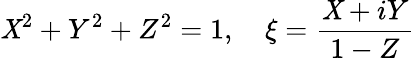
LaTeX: \mathit{X}^{2}+Y^{2}+Z^{2}=1,\quad\xi={\frac{{\mathit{X}+iY}}{{1-Z}}}